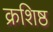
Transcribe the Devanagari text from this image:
क्रशिष्ठ